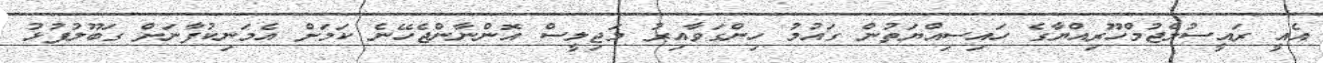
އެއީ ރައީސުލްޖުމްހޫރިއްޔާގެ ހައިސިއްޔަތުން ގައުމު ހިންގަވާއިރު މަޖިލީސް އޮންނާންޖެހޭނެ ކަމަށް އެމަނިކުފާނަށް ގަބޫލުފުޅު